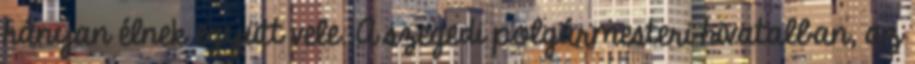
hányan élnek együtt vele. A szegedi polgármesteri hivatalban, az